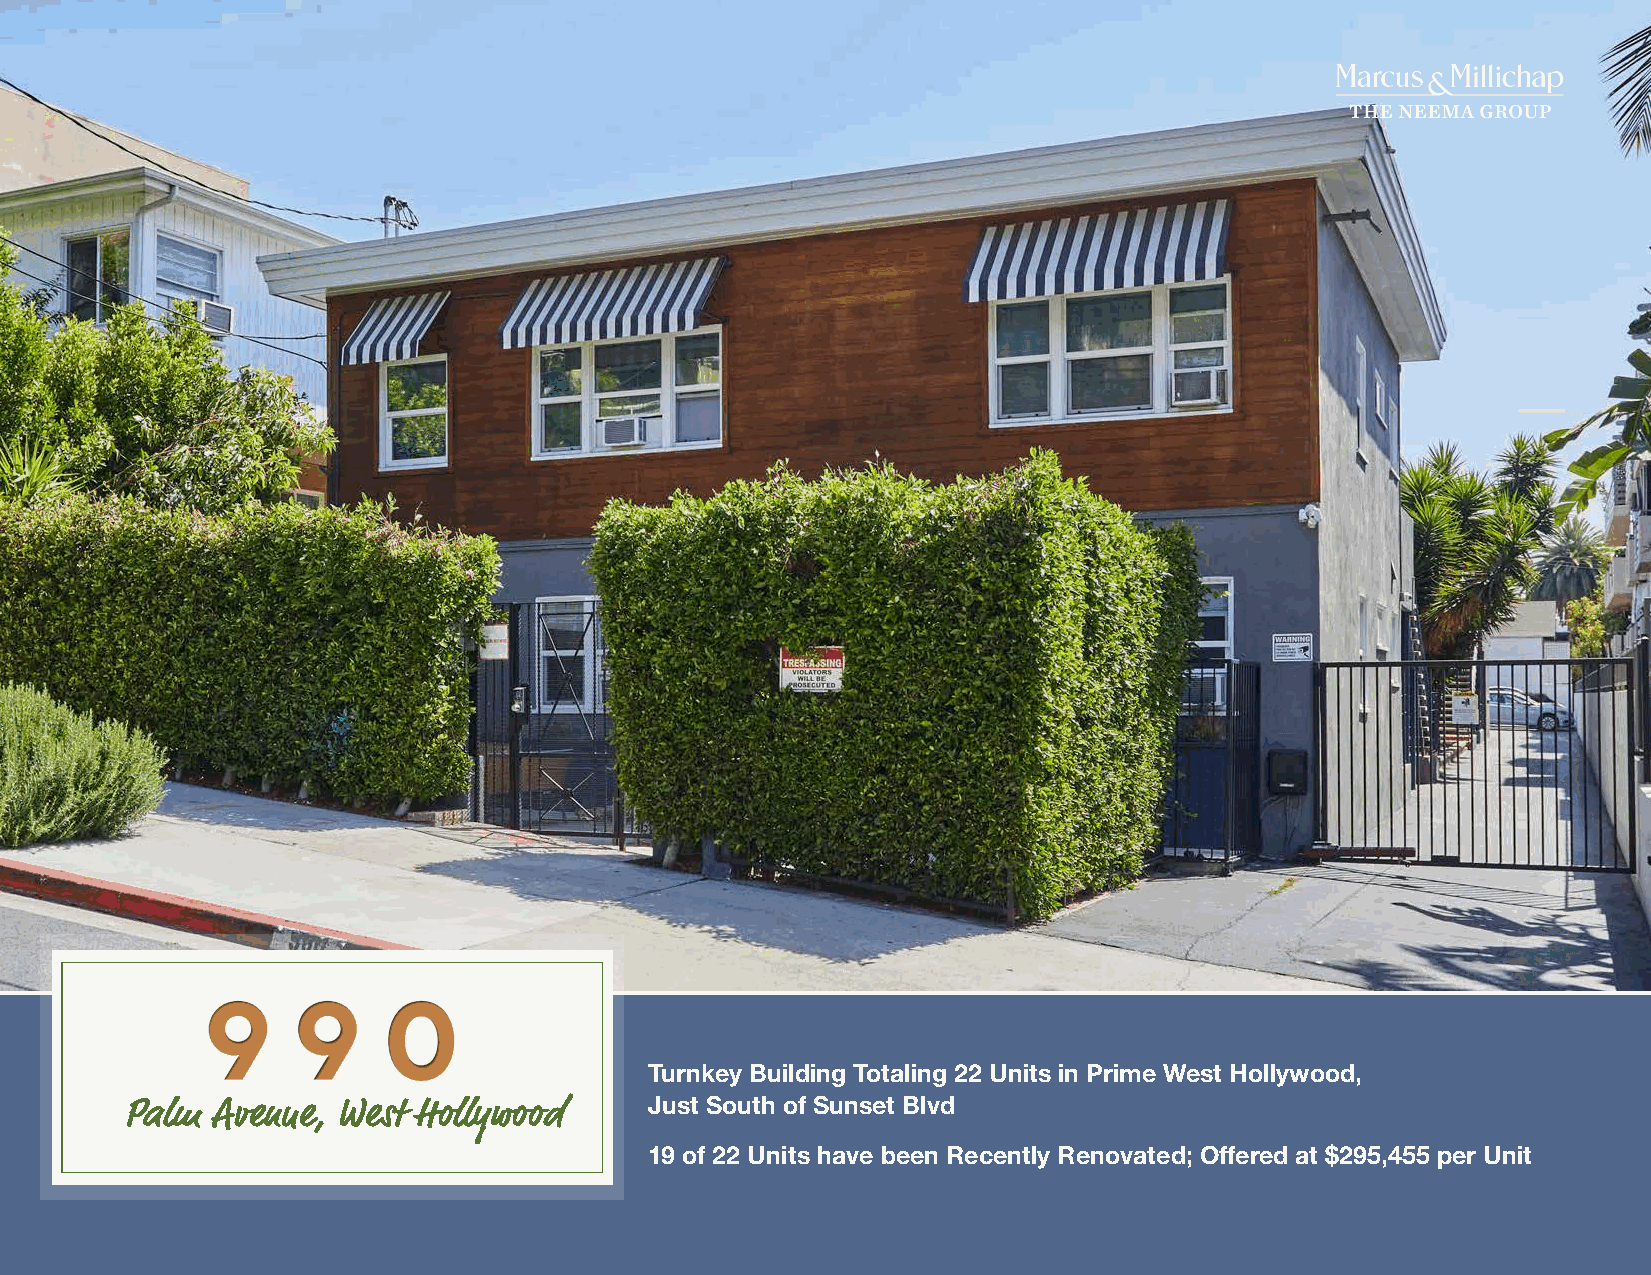
9    9     0
 v
 Turnkey Building Totaling 22 Units in Prime West Hollywood,
 Just South of Sunset Blvd
 Palm  Avenue, West Hollywood
 19 of 22 Units have been Recently Renovated; Offered at $295,455 per Unit